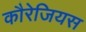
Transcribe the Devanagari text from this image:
कौरेजियस